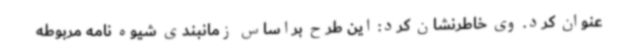
عنوان کرد. وی خاطرنشان کرد: این طرح براساس زمانبندی شیوه نامه مربوطه